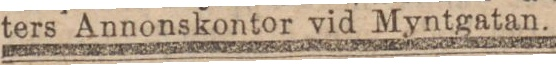
ters Annonskontor vid Myntgatan.